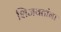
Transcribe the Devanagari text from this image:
शिजवतांना